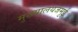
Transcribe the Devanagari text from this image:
मुख्यालयजमुई